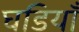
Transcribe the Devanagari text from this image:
घडियाँ